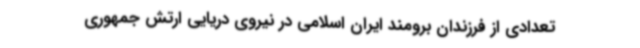
تعدادی از فرزندان برومند ایران اسلامی در نیروی دریایی ارتش جمهوری